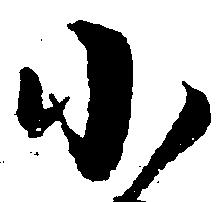
小